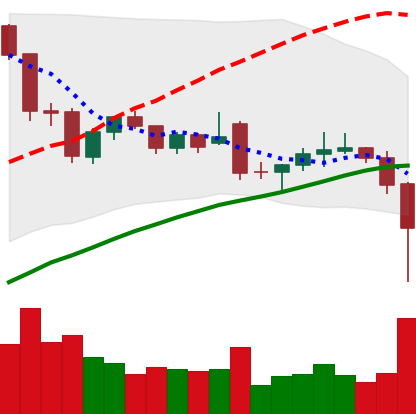
Ticker: LTC-USD
Chart end date: 2021-12-04
Forward return: -6.904%
Label: down_5_7